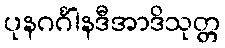
ပုနဂင်္ဂါနဒီအာဒိသုတ္တ